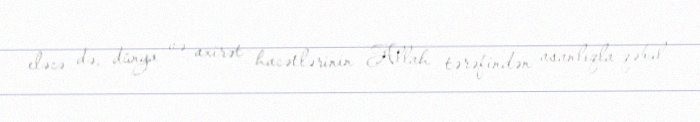
eləcə də, dünya və axirət hacətlərinin Allah tərəfindən asanlıqla qəbul